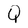
Character: Q